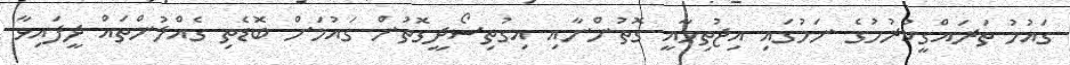
ގައުމު ތަރައްގީކުރުމުގެ ނަމުގައި އިޖުތިމާއީ ގޮތުންނާއި އިގުތިސޯދީގޮތުން ގައުމަށް ބޮޑެތި ގެެއްލުންތައް ދީފައިވާ